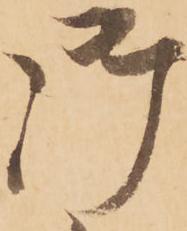
御